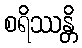
စရိဿန္တိ